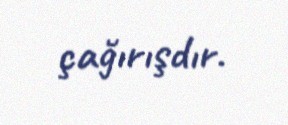
çağırışdır.